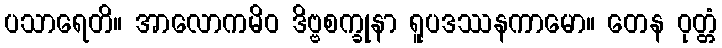
ပသာရေတိ။ အာလောကမိဝ ဒိဗ္ဗစက္ခုနာ ရူပဒဿနကာမော။ တေန ဝုတ္တံ